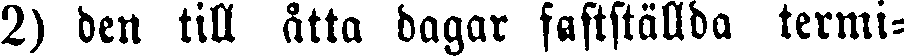
2) den till åtta dagar fastställda termi-